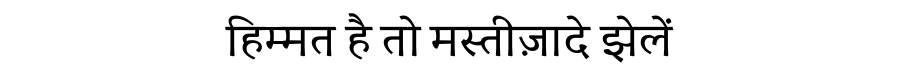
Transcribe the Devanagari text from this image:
हिम्मत है तो मस्तीज़ादे झेलें